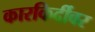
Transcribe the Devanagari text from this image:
कारकिर्दीवर